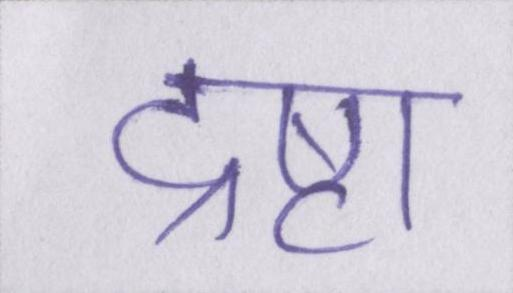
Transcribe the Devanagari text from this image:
द्रष्टा